Vabadussoja_Ajaloo_Komitee, lk 34
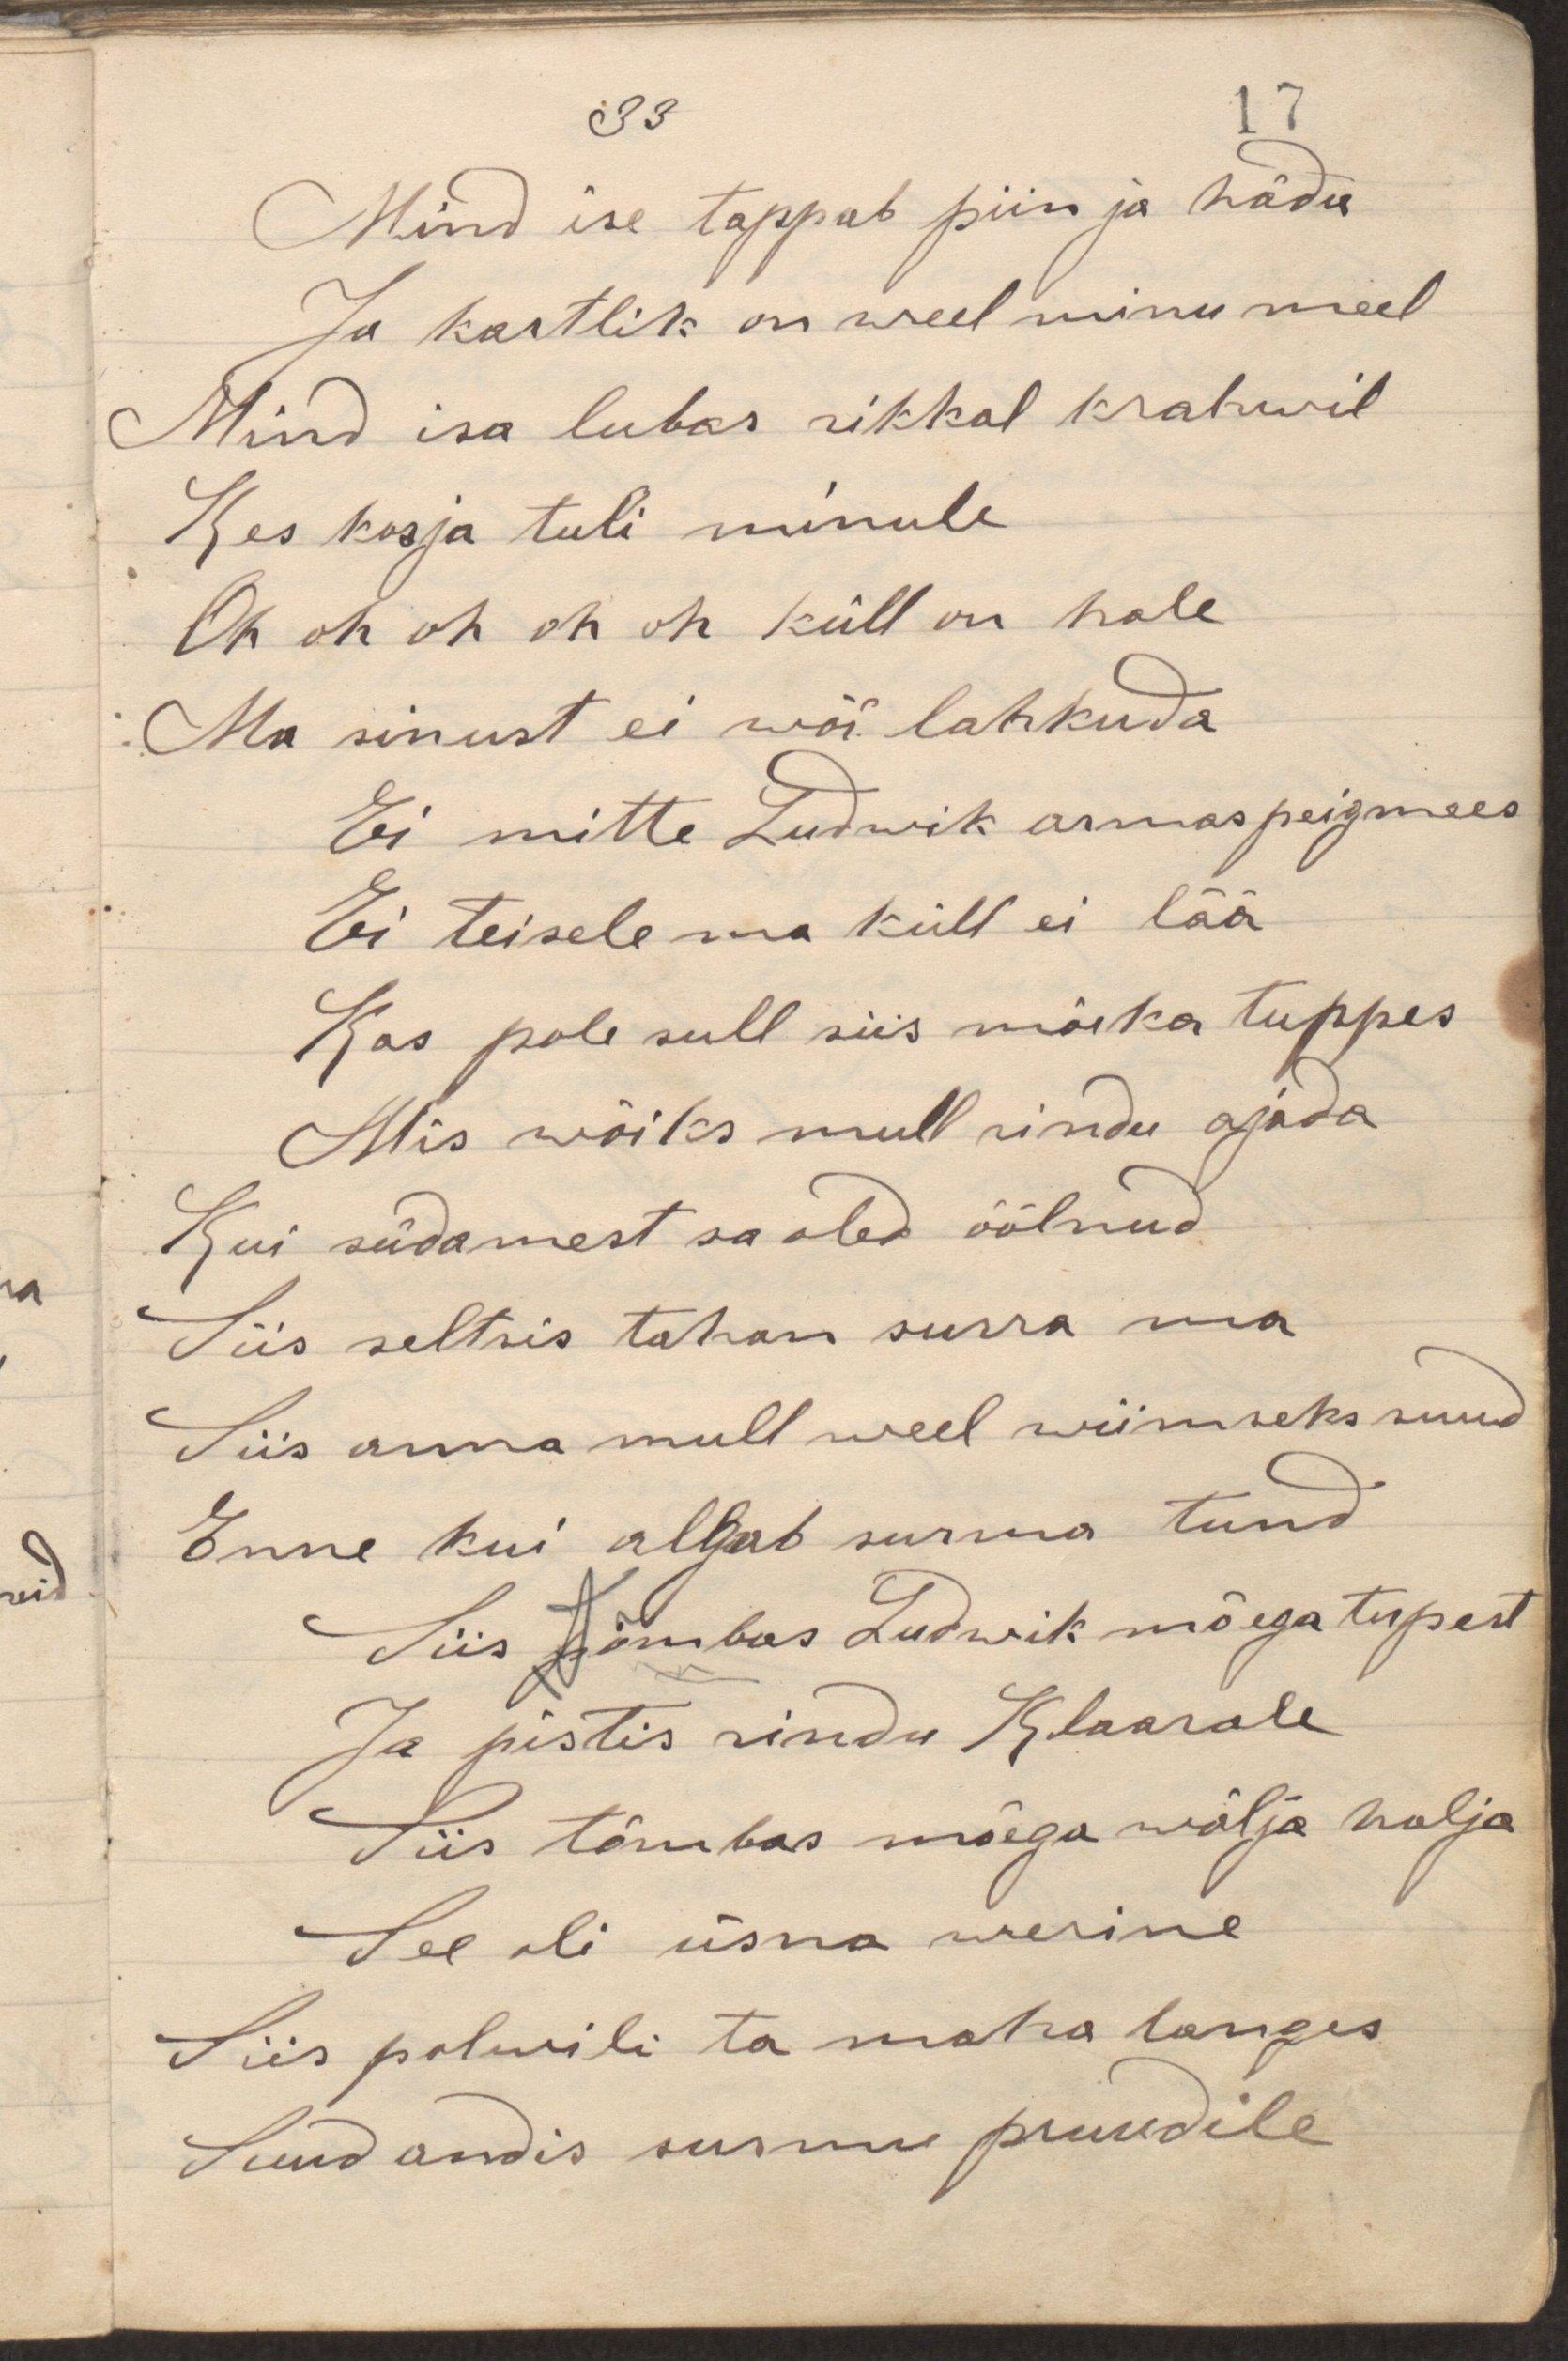
Mind ise tappab piin ja häda
Ja kartlik on weel minu meel
Mind isa lubas rikkal krahwil
Kes kosja tuli minule
Oh oh oh oh oh küll on hale
Ma sinust ei wõi lahkuda
Ei mitte Ludwik armas peigmees
Ei teisele ma küll ei lää
Kas pole sull siis mõeka tuppes
Mis wõiks mull rindu ajada
Kui südamest sa oled öölnud
Siis seltsis tahan surra ma
Siis anna mull weel wiimaseks suud
Enne kui algab surma tund
Siis tõmbas Ludwik mõega tupest
Ja pistis rindu Klaarale
Siis tõmbas mõega wälja halja
See oli üsna werine
Siis polwili ta maha langes
Suud andis surnud pruudile